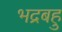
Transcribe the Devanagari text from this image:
भद्रबहु